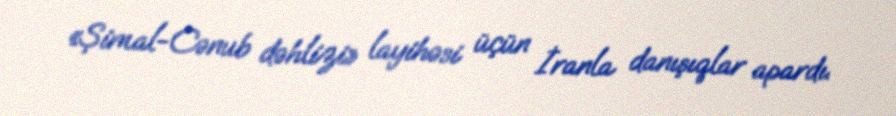
«Şimal-Cənub dəhlizi» layihəsi üçün İranla danışıqlar apardı.